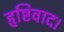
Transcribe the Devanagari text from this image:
हृष्टिवाद।